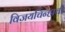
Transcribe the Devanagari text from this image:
विजयचिन्हाची